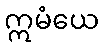
ဣမံယေ